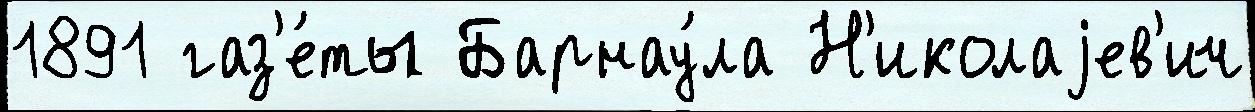
1891 газ'е́ты Барнау́ла Н'иколаjев'ич